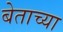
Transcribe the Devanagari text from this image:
बेताच्या